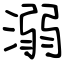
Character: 溺